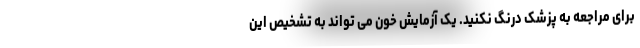
برای مراجعه به پزشک درنگ نکنید. یک آزمایش خون می تواند به تشخیص این